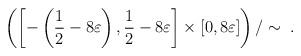
LaTeX: \begin{align*} \left( \left[ - \left( \frac{1}{2} - 8\varepsilon \right) , \frac{1}{2} - 8\varepsilon \right] \times \left[ 0 , 8 \varepsilon \right] \right) / \sim \; . \end{align*}